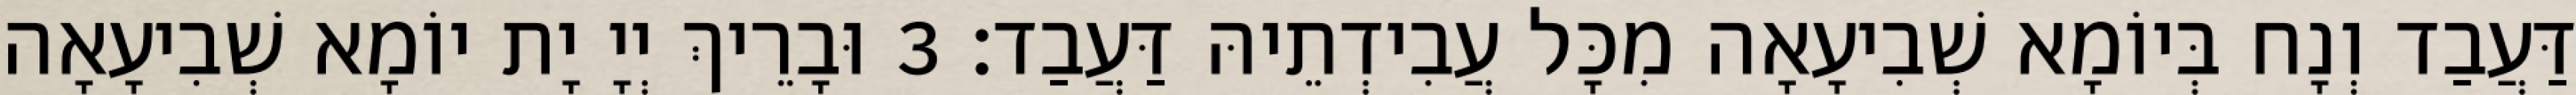
דַּעֲבַד וְנָח בְּיוֹמָא שְׁבִיעָאָה מִכָּל עֲבִידְתֵיהּ דַּעֲבַד׃ 3 וּבָרֵיךְ יְיָ יָת יוֹמָא שְׁבִיעָאָה